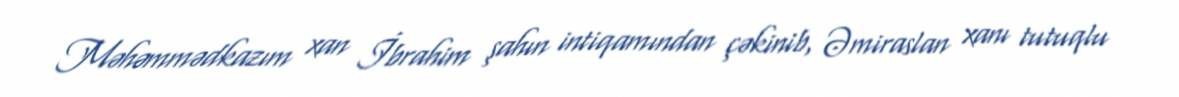
Məhəmmədkazım xan İbrahim şahın intiqamından çəkinib, Əmiraslan xanı tutuqlu